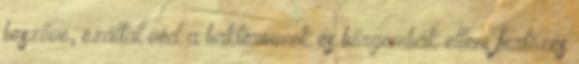
beszőve, ezáltal véd a baktériumok és bőrgombák ellen, fertőzés